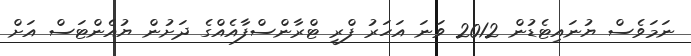
ނަމަވެސް ޔުނައިޓެޑުން 2012 ވަނަ އަހަރު ފްރީ ޓްރާންސްފާއެއްގެ ދަށުން ޔުއެންޓަސް އަށް